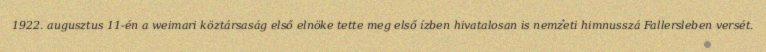
1922. augusztus 11-én a weimari köztársaság első elnöke tette meg első ízben hivatalosan is nemzeti himnusszá Fallersleben versét.